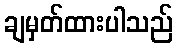
ချမှတ်ထားပါသည်